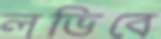
লভিবে